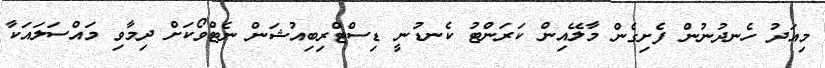
މިއަދު ހެނދުނުން ފެށިގެން މާލޭއިން ކަރަންޓު ކެނޑުނީ ޑިސްޓްރިބިއުޝަން ނެޓްވޯކަށް ދިމާވި މައްސަލައަކާ